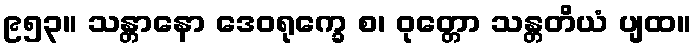
၉၅၃။ သန္တာနော ဒေဝရုက္ခေ စ၊ ဝုတ္တော သန္တတိယံ ပျထ။